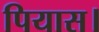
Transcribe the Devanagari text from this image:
पियास।